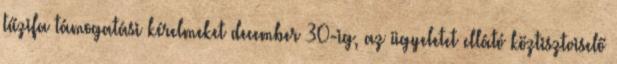
tűzifa támogatási kérelmeket december 30-ig, az ügyeletet ellátó köztisztviselő